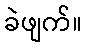
ခဲဖျက်။